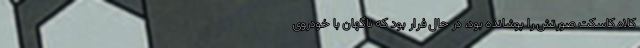
کلاه کاسکت صورتش را پوشانده بود، در حال فرار بود که ناگهان با خودروی